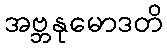
အဗ္ဘနုမောဒတိ